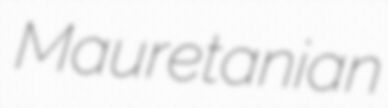
Mauretanian